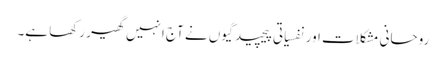
روحانی مشکلات اور نفسیاتی پیچیدگیوں نے آج انہیں گھیر رکھا ہے۔